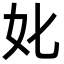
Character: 𡚨